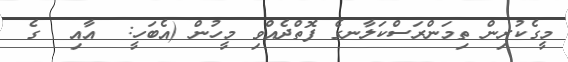
މީގެކުރިން ތިމަންރަސްކަލާނގެ ފޮތްދެއްވި މީހުން (އެބަހީ:  އާއި  ގެ